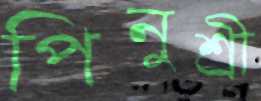
পিনুশ্রী